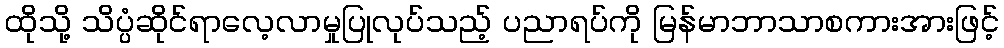
ထိုသို့ သိပ္ပံဆိုင်ရာလေ့လာမှုပြုလုပ်သည့် ပညာရပ်ကို မြန်မာဘာသာစကားအားဖြင့်